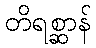
တိရစ္ဆာန်